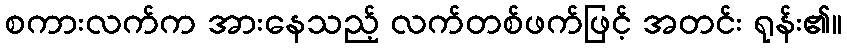
စကားလက်က အားနေသည့် လက်တစ်ဖက်ဖြင့် အတင်း ရုန်း၏။